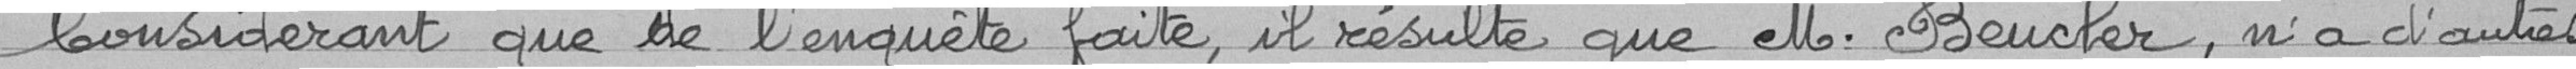
Considérant que de l'enquête faite, il résulte que M. BEUCLER, n'a d'autres